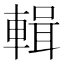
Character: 輯